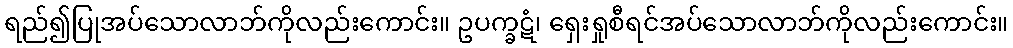
ရည်၍ပြုအပ်သောလာဘ်ကိုလည်းကောင်း။ ဥပက္ခဋံ၊ ရှေးရှုစီရင်အပ်သောလာဘ်ကိုလည်းကောင်း။